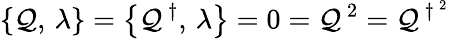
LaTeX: \left\{ \mathcal{Q},\, \lambda\right\} =\left\{ \mathcal{Q}^{\, \dagger},\, \lambda\right\} =0=\mathcal{Q}^{\, 2}=\mathcal{Q}^{\, \dagger^{\, 2}}